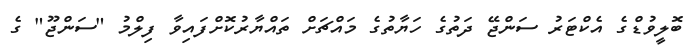
ބޮލީވުޑްގެ އެކްޓަރު ސަންޖޭ ދަތުގެ ހަޔާތުގެ މައްޗަށް ތައްޔާރުކޮށްފައިވާ ފިލްމު "ސަންޖޫ" ގެ